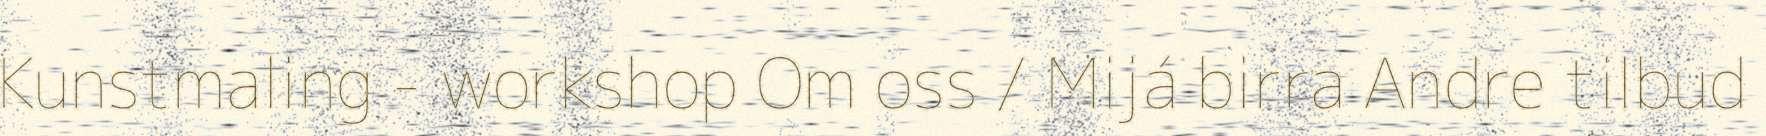
Kunstmaling - workshop Om oss / Mijá birra Andre tilbud